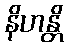
နိဟန္တိ